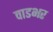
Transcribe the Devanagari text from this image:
वाडभर